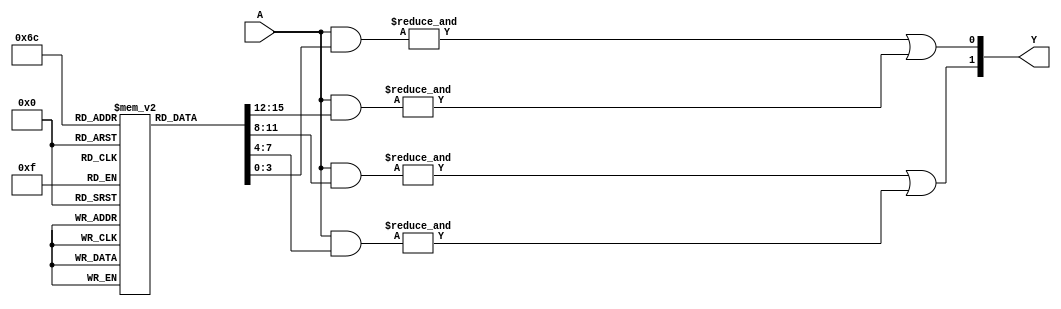
module FusedPAL (
    input wire [N-1:0] A,  // N inputs
    output wire [M-1:0] Y  // M outputs
);

parameter N = 4;  // Number of inputs
parameter M = 2;  // Number of outputs
parameter P = 4;  // Number of product terms (fixed)

reg [P-1:0] product_terms;  // Product terms generation
reg [N-1:0] fused_and_array [0:P-1];  // Fused AND array
reg [M-1:0] or_array [0:P-1];  // OR array for outputs

// Define the product terms based on the fusing connections
initial begin
    // Example fusing connections (programmable part)
    // You can set the appropriate connections for your application
    fused_and_array[0] = 4'b1100; // Input product term for P0
    fused_and_array[1] = 4'b1010; // Input product term for P1
    fused_and_array[2] = 4'b0110; // Input product term for P2
    fused_and_array[3] = 4'b0001; // Input product term for P3
end

// Generate product terms
genvar i;
generate
    for (i = 0; i < P; i = i + 1) begin : product_term_gen
        assign product_terms[i] = & (A & fused_and_array[i]);
    end
endgenerate

// Sum of Products (SOP) logic
assign Y[0] = product_terms[0] | product_terms[1]; // Output Y0
assign Y[1] = product_terms[2] | product_terms[3]; // Output Y1

endmodule